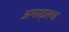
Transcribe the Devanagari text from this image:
अमाट्लचा